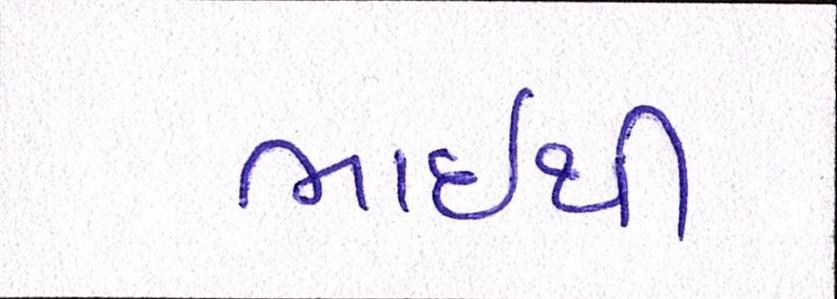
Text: ભાઇથી